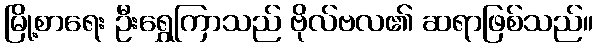
မြို့စာရေး ဦးရွှေကြာသည် ဗိုလ်ဗလ၏ ဆရာဖြစ်သည်။